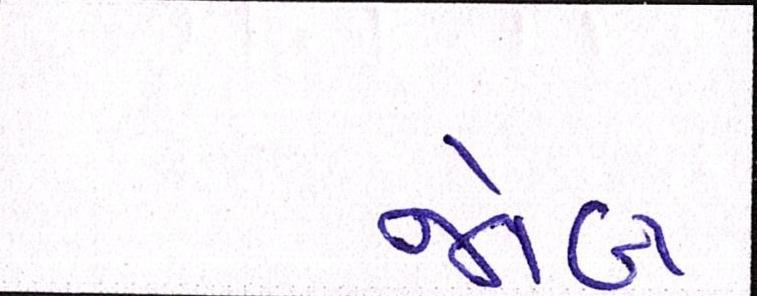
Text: જોબ